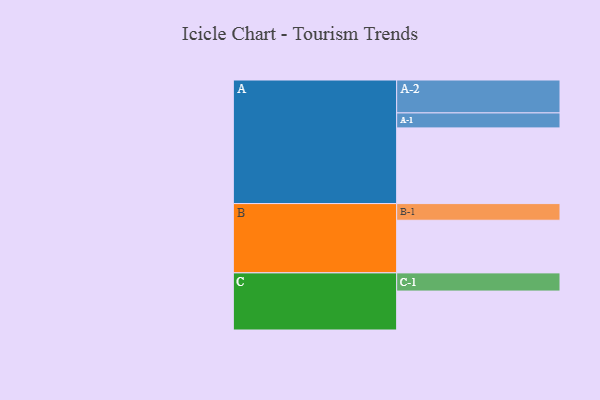
{"axis": {"x": "Segment", "y": "Value"}, "legend": ["", "A", "B", "C"], "data": [{"x": "A", "y": 591, "type": ""}, {"x": "B", "y": 411, "type": ""}, {"x": "C", "y": 304, "type": ""}, {"x": "A-1", "y": 117, "type": "A"}, {"x": "A-2", "y": 257, "type": "A"}, {"x": "B-1", "y": 130, "type": "B"}, {"x": "C-1", "y": 142, "type": "C"}]}